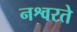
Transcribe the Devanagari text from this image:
नश्वरते